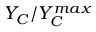
Y _ { C } / Y _ { { C } } ^ { m a x }